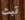
تبث